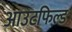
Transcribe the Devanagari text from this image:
आउटफिल्ड